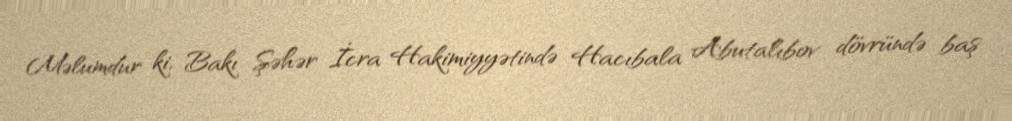
Məlumdur ki, Bakı Şəhər İcra Hakimiyyətində Hacıbala Abutalıbov dövründə baş